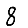
Digit: 8